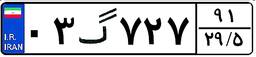
۰۳گ۷۲۷۹۱